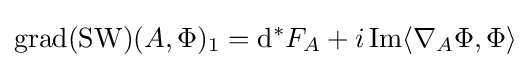
\operatorname {grad} (\operatorname {SW} )(A,\Phi )_{1}=\mathrm {d} ^{*}F_{A}+i\operatorname {Im} \langle \nabla _{A}\Phi ,\Phi \rangle